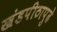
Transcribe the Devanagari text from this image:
खंडपीठापुढे